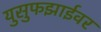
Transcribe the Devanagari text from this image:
युसुफझाईवर